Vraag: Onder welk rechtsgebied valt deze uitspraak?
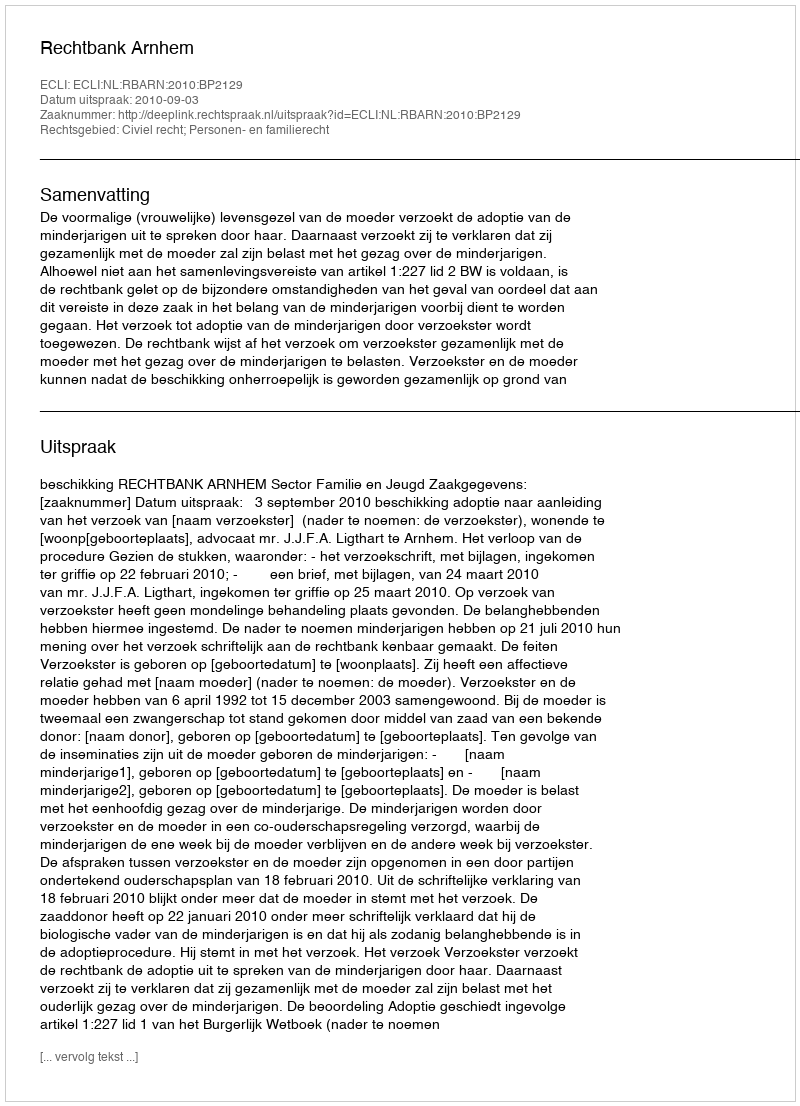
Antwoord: Civiel recht; Personen- en familierecht